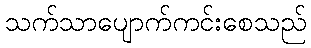
သက်သာပျောက်ကင်းစေသည်